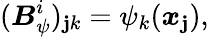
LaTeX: ({\boldsymbol{{B}}_{\psi}^{i}})_{\mathbf{j}k}={\psi_{k}(\boldsymbol{x}_{\mathbf{j}})},